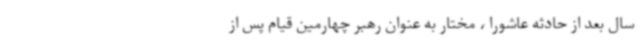
سال بعد از حادثه عاشورا ، مختار به عنوان رهبر چهارمین قیام پس از